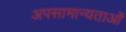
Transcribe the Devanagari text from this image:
अपसामान्यताओं